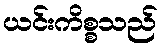
ယင်းကိစ္စသည်